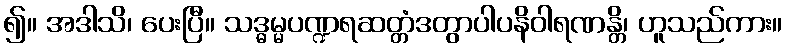
၍။ အဒါသိ၊ ပေးပြီ။ သဒ္ဓမ္မပဏ္ဍရဆတ္တံဒတွာပါပနိဝါရဏန္တိ၊ ဟူသည်ကား။